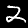
Label: 2